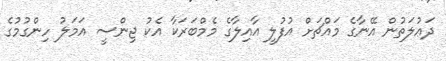
ދަޢުލަތުން އޭނާގެ މައްޗަށް އުފުލީ އާއިލާގެ މެމްބަރަކާ އެކު ޖިންސީ އަމަލު ހިންގުމުގެ